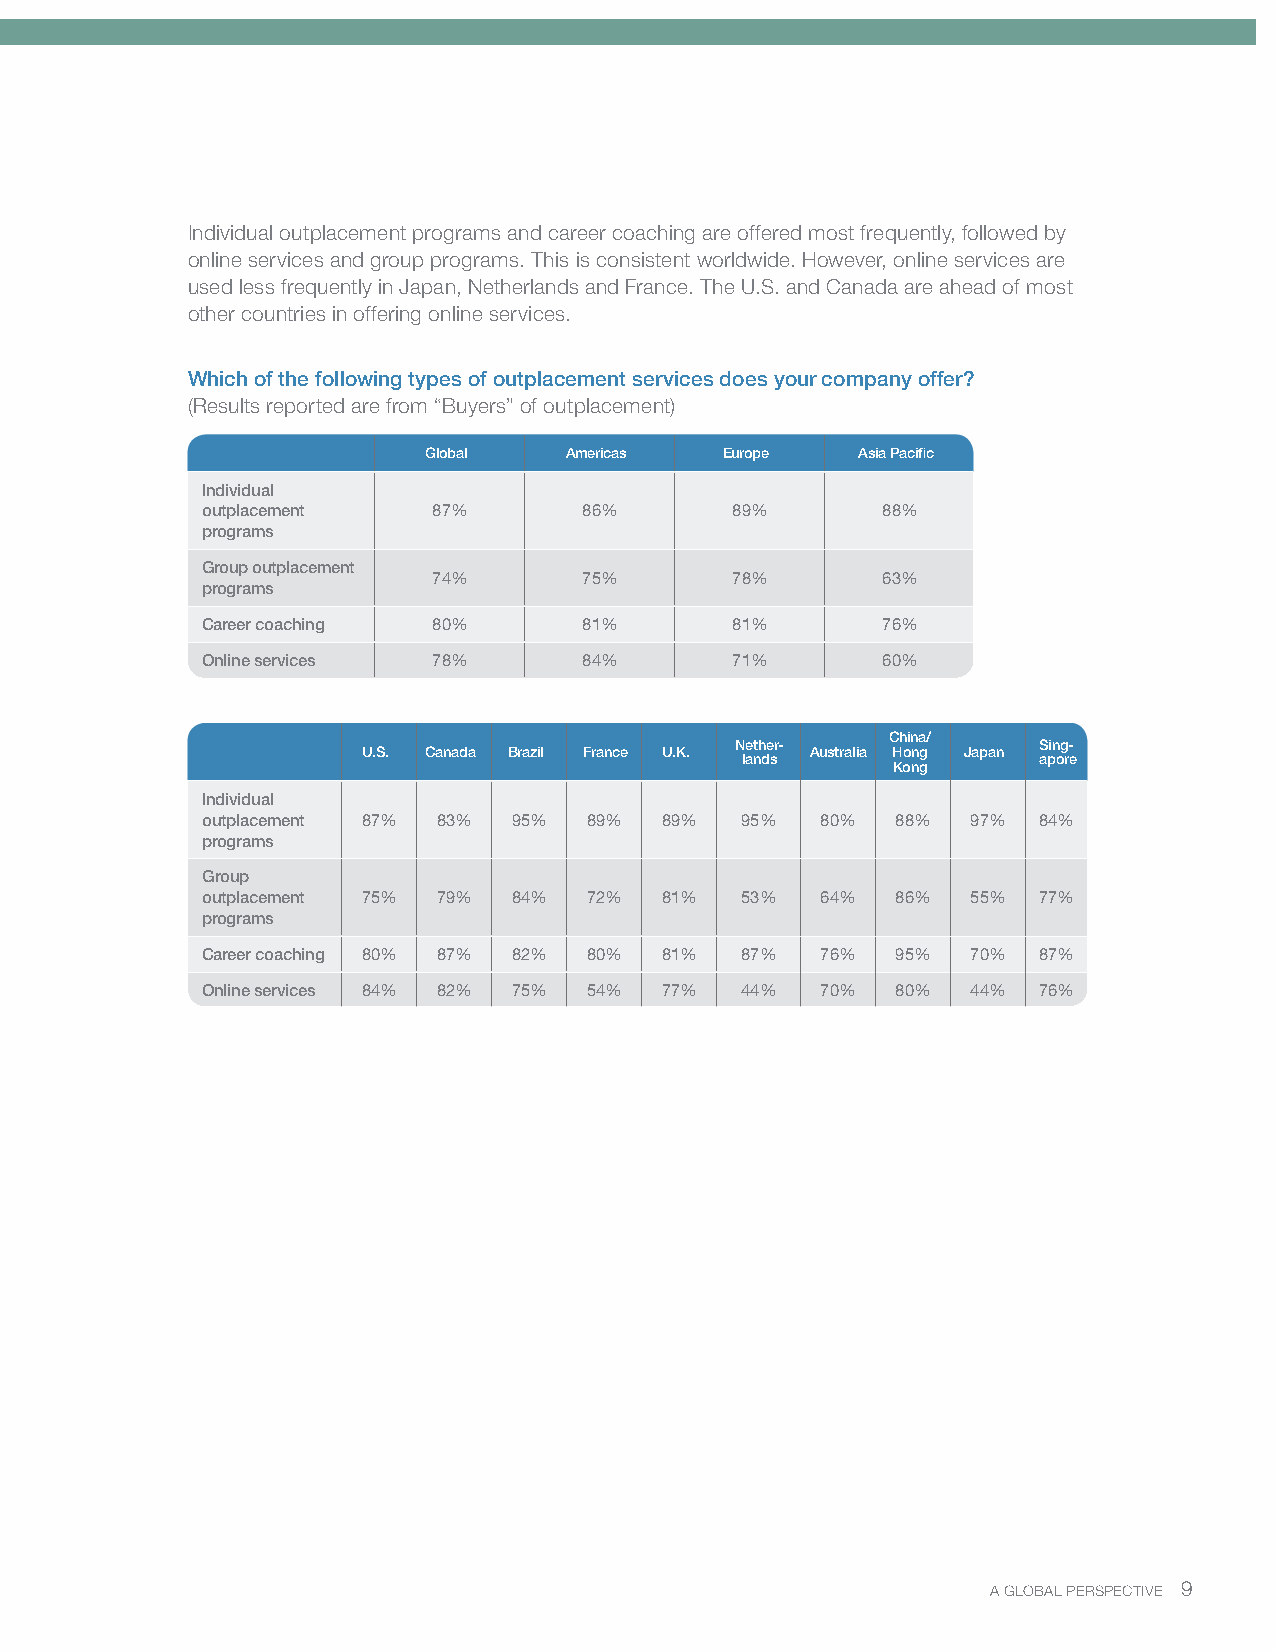
Individual outplacement programs and career coaching are offered most frequently, followed by
 online services and group programs. This is consistent worldwide. However, online services are
 used less frequently in Japan, Netherlands and France. The U.S. and Canada are ahead of most
 other countries in offering online services.
 Which of the following types of outplacement services does your company offer?
 (Results reported are from “Buyers” of outplacement)
 Global   Americas   Europe   Asia Pacific
 Individual
 outplacement    87%       86%      89%       88%
 programs
 Group outplacement
 74%       75%      78%       63%
 programs
 Career coaching 80%       81%      81%       76%
 Online services 78%       84%      71%       60%
 China/
 Nether-             Sing-
 U.S. Canada Brazil France U.K. Australia Hong Japan
 lands               apore
 Kong
 Individual
 outplacement 87% 83% 95%  89%  89%  95%  80%  88%  97%  84%
 programs
 Group
 outplacement 75% 79% 84%  72%  81%  53%  64%  86%  55%  77%
 programs
 Career coaching 80% 87% 82% 80% 81% 87%  76%  95%  70%  87%
 Online services 84% 82% 75% 54% 77% 44%  70%  80%  44%  76%
 A GLOBAL PERSPECTIVE 9